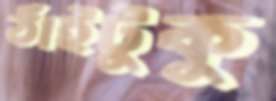
ঠাঁইটুকু